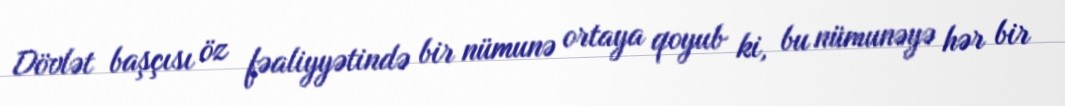
Dövlət başçısı öz fəaliyyətində bir nümunə ortaya qoyub ki, bu nümunəyə hər bir